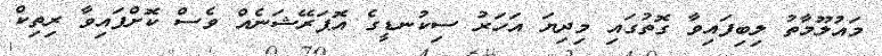
މައުލޫމާތު ލިބިފައިވާ ގޮތުގައި މިދިޔަ އަހަރު ސިކުނޑީގެ އޮޕަރޭޝަނެއް ވެސް ކޮށްފައިވާ ރިތިކް